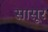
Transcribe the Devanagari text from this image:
सासूर